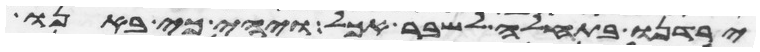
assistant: ירדנו בתחלה לשבר אכל ויהי כי באנו